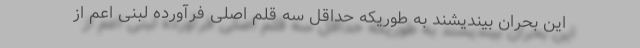
این بحران بیندیشند به طوریکه حداقل سه قلم اصلی فرآورده لبنی اعم از